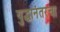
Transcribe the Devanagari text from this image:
युद्धानंतरचा